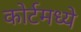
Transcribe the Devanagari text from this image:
कोर्टमध्ये